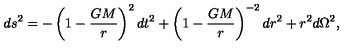
d s ^ { 2 } = - \left( 1 - \frac { G M } { r } \right) ^ { 2 } d t ^ { 2 } + \left( 1 - \frac { G M } { r } \right) ^ { - 2 } d r ^ { 2 } + r ^ { 2 } d \Omega ^ { 2 } ,